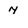
Character: 7